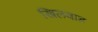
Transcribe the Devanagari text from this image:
खिलवाड